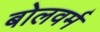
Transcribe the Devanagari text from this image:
बोलवर्म